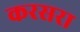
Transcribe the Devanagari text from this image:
करसरा